Annual report of the Prince of Wales Medical College, Patna
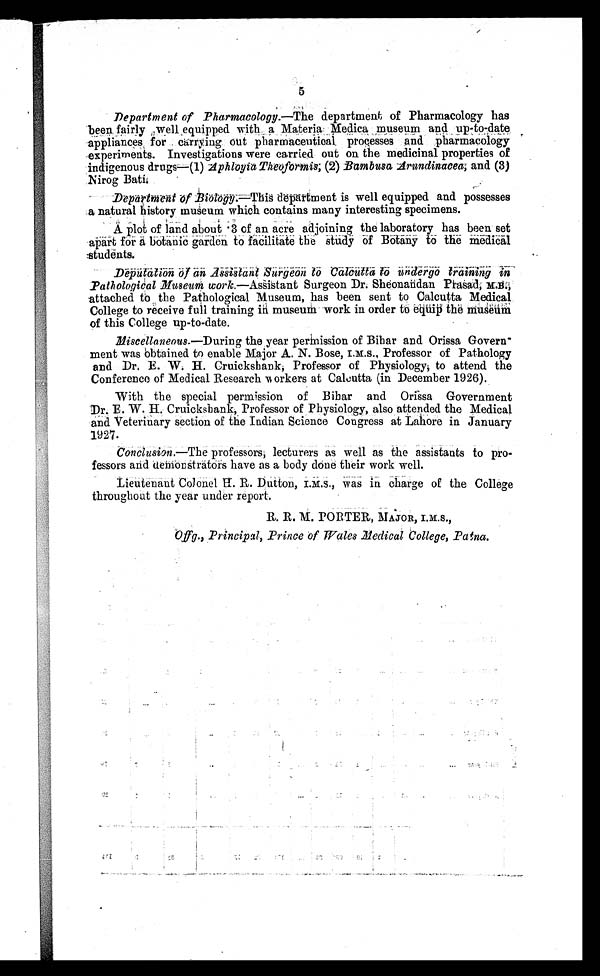
5
Department of Pharmacology .—The department of Pharmacology has
been fairly well equipped with a Materia Medica museum and up-to-date
appliances for carrying out pharmaceutical processes and pharmacology
experiments. Investigations were carried out on the medicinal properties of
indigenous drugs—(1) Aphloyia Theoformis; (2) Bambusa Arundinacea; and (3)
Nirog Bati
.
Department o
f Biology.—This department is well equipped and possesses
a natural history museum which contains many interesting specimens.
A plot of land about .3 of an acre adjoining the laboratory has been set
a p a r t f o r a b o t a n i c g a r d e n t o f a c i l i t a t e t h e s t u d y o f B o t a n y t o t h e
m e d i c a l s t u d e n t s .
Deputation of an Assistant Surgeon to Calcutta to undergo training in
Pathological Museum work.—Assistant Surgeon Dr. Sheonandan Prasad,
attached to the Pathological Museum, has been sent to Calcutta Medical
College to receive full training in museum work in order to equip the
museum of this College up-to-date.
Miscellanous.—During the year permission of Bihar and Orissa
G o v e r n ¬ m e n t w a s o b t a i n e d t o e n a b l e M a j o r A . N . B o s e , I . M . S . , P r o f e s s o r o f P a t h o l o g y
and Dr. E. W. H . Cruickshank, Professor of Physiology, to attend the
Conference of Medical Research workers at Calcutta (in December 1926).
With the special permission of Bihar and Orissa Government
E. W. H. Cruickshank, Professor of Physiology, also attended the Medical
and Veterinary section of the Indian Science Congress at Lahore in January
1927.
Conclusion .—The professors, lecturers as well as the assistants to pro-
fessors and demonstrators
have as a body done their work well.
Lieutenant Colonel H. R. Dutton, I.M.S., was in charge of the College
throughout the year under report.
R. R. M. PORTER, MAJOR, I.M.S.,
O f f g . , P r i n c i p a l , P r i n c e o f W a l e s M e d i c a l C o l l e g e , P a t n a
.